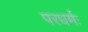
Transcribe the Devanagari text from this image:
परधर्मः